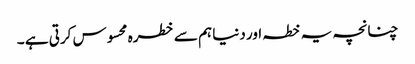
چنانچہ یہ خطہ اور دنیا ہم سے خطرہ محسوس کرتی ہے ۔